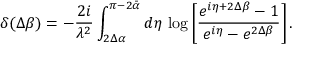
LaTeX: \delta ( \Delta \beta ) = - \frac { 2 i } { \lambda ^ { 2 } } \int _ { 2 \Delta \alpha } ^ { \pi - 2 \bar { \alpha } } d \eta \, \log \left[ \frac { e ^ { i \eta + 2 \Delta \beta } - 1 } { e ^ { i \eta } - e ^ { 2 \Delta \beta } } \right] .